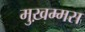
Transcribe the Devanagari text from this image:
मुख़म्मस